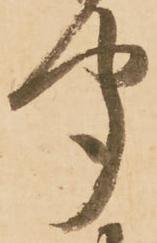
聞